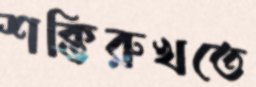
শক্তিরুখতে